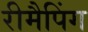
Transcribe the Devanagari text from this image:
रीमैपिंग